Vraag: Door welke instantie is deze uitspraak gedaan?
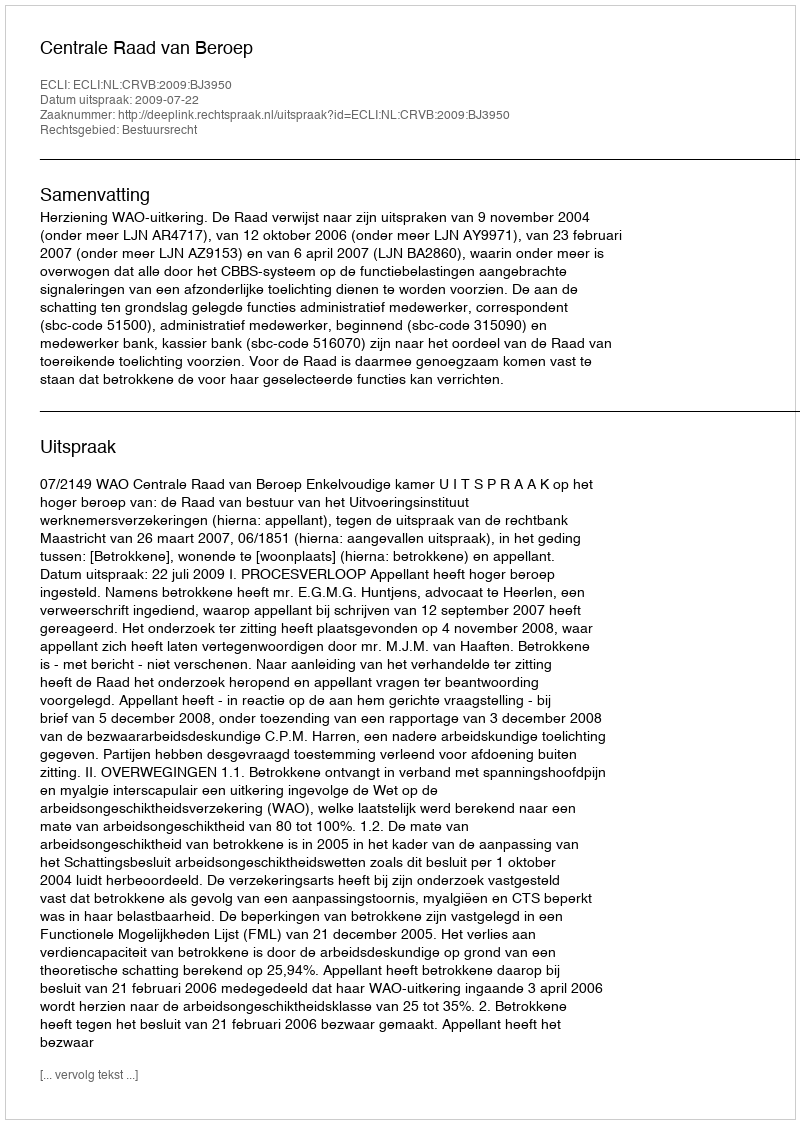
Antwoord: Centrale Raad van Beroep